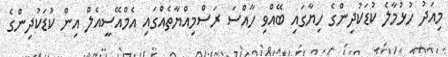
މިއަދު ހުޅުމާލެ ކުޑަކުދިންގެ ހިޔާގައި ބޭއްވި ހާއްސަ ރަސްމިއްޔާތެއްގައި އެމްއޭސީއެލް އިން ކުޑަކުދިންގެ